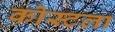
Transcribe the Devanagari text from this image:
कोस्टला